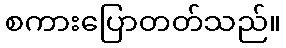
စကားပြောတတ်သည်။